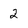
Character: 2